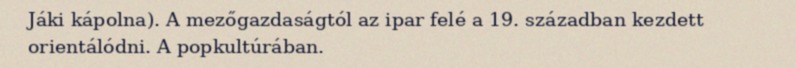
Jáki kápolna). A mezőgazdaságtól az ipar felé a 19. században kezdett orientálódni. A popkultúrában.